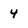
Character: 4